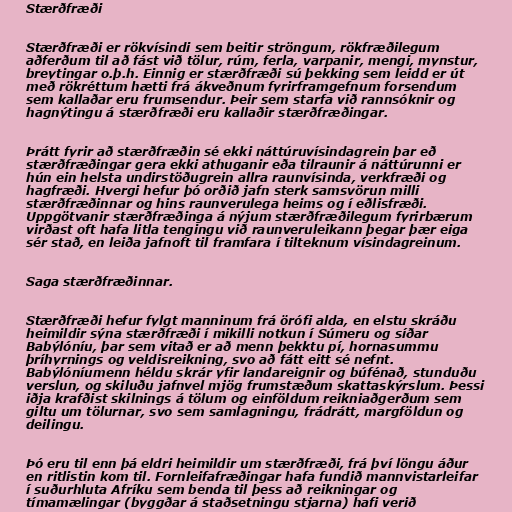
Stærðfræði

Stærðfræði er rökvísindi sem beitir ströngum, rökfræðilegum
aðferðum til að fást við tölur, rúm, ferla, varpanir, mengi, mynstur,
breytingar o.þ.h. Einnig er stærðfræði sú þekking sem leidd er út
með rökréttum hætti frá ákveðnum fyrirframgefnum forsendum
sem kallaðar eru frumsendur. Þeir sem starfa við rannsóknir og
hagnýtingu á stærðfræði eru kallaðir stærðfræðingar.

Þrátt fyrir að stærðfræðin sé ekki náttúruvísindagrein þar eð
stærðfræðingar gera ekki athuganir eða tilraunir á náttúrunni er
hún ein helsta undirstöðugrein allra raunvísinda, verkfræði og
hagfræði. Hvergi hefur þó orðið jafn sterk samsvörun milli
stærðfræðinnar og hins raunverulega heims og í eðlisfræði.
Uppgötvanir stærðfræðinga á nýjum stærðfræðilegum fyrirbærum
virðast oft hafa litla tengingu við raunveruleikann þegar þær eiga
sér stað, en leiða jafnoft til framfara í tilteknum vísindagreinum.

Saga stærðfræðinnar.

Stærðfræði hefur fylgt manninum frá örófi alda, en elstu skráðu
heimildir sýna stærðfræði í mikilli notkun í Súmeru og síðar
Babýlóníu, þar sem vitað er að menn þekktu pí, hornasummu
þríhyrnings og veldisreikning, svo að fátt eitt sé nefnt.
Babýlóníumenn héldu skrár yfir landareignir og búfénað, stunduðu
verslun, og skiluðu jafnvel mjög frumstæðum skattaskýrslum. Þessi
iðja krafðist skilnings á tölum og einföldum reikniaðgerðum sem
giltu um tölurnar, svo sem samlagningu, frádrátt, margföldun og
deilingu.

Þó eru til enn þá eldri heimildir um stærðfræði, frá því löngu áður
en ritlistin kom til. Fornleifafræðingar hafa fundið mannvistarleifar
í suðurhluta Afríku sem benda til þess að reikningar og
tímamælingar (byggðar á staðsetningu stjarna) hafi verið